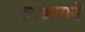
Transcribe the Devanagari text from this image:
स्वश्रमाने